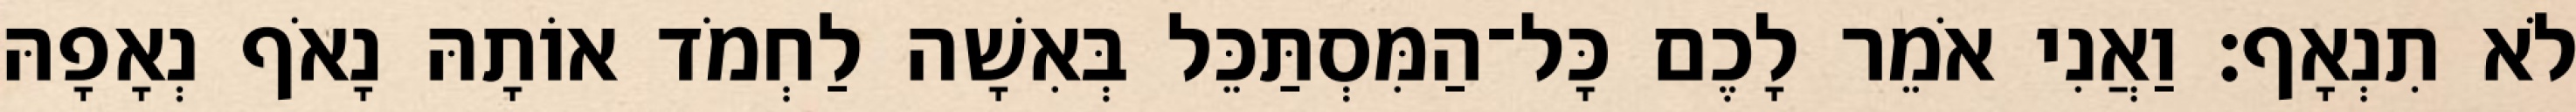
לֹא תִנְאָף׃ וַאֲנִי אֹמֵר לָכֶם כָּל־הַמִּסְתַּכֵּל בְּאִשָׁה לַחְמֹד אוֹתָהּ נָאֹף נְאָפָהּ